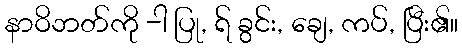
နာဝိဘတ်ကို -ါ ပြု, ရ် ခွင်း, ချေ, ကပ်, ပြီး၏။